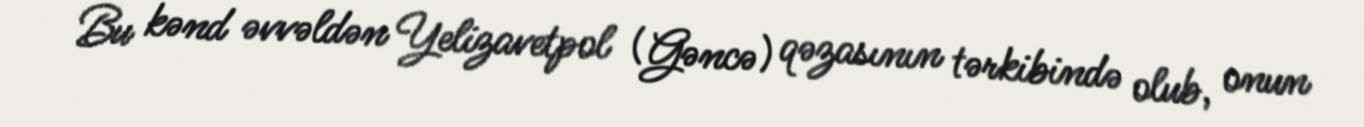
Bu kənd əvvəldən Yelizavetpol (Gəncə) qəzasının tərkibində olub, onun